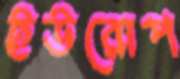
ইউরোপ